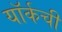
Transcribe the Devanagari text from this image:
यॉर्कची